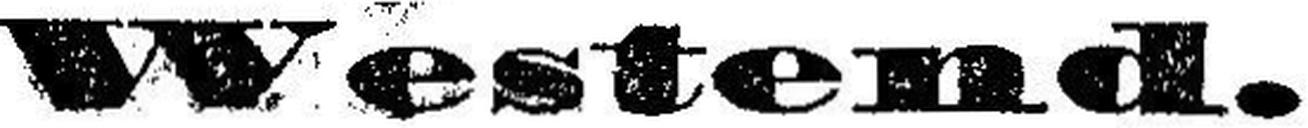
Westend.